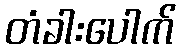
တံခါးပေါက်